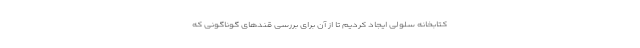
کتابخانه سلولی ایجاد کردیم تا از آن برای بررسی قندهای گوناگونی که